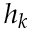
h _ { k }